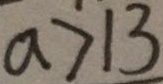
a > 1 3